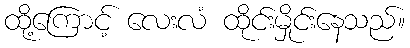
ထို့ကြောင့် လေးလံ ထိုင်းမှိုင်းနေသည်။